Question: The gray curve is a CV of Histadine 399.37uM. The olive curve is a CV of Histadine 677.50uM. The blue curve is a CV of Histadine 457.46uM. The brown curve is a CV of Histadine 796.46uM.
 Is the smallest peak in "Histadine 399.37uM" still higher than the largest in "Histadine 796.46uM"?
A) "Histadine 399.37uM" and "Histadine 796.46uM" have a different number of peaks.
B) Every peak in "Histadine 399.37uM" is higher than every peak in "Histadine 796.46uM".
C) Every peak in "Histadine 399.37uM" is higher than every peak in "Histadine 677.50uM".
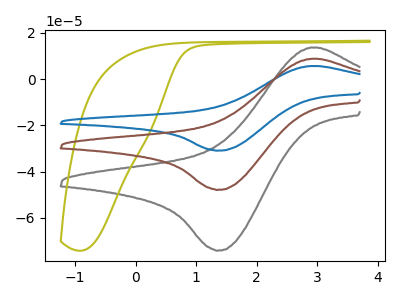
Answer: <think>The gray curve "Histadine 399.37uM" has an anodic peak at (2.90V, 13.70uA) and a cathodic peak at (1.40V, -74.05uA). The olive curve "Histadine 677.50uM" has no peaks. The blue curve "Histadine 457.46uM" has an anodic peak at (2.90V, 17.70uA) and a cathodic peak at (1.40V, -95.65uA). The brown curve "Histadine 796.46uM" has an anodic peak at (2.90V, 8.85uA) and a cathodic peak at (1.40V, -47.80uA).</think>
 <answer>B) Every peak in "Histadine 399.37uM" is higher than every peak in "Histadine 796.46uM".</answer>
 <eval>B</eval>